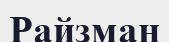
Райзман